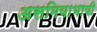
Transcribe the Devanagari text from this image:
असमियाभाषी